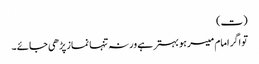
(ت)
تو اگر امام میسر ہو بہتر ہے ورنہ تنہا نماز پڑھی جائے ۔